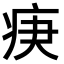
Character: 𤵨